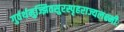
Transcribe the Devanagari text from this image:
गुर्वर्थमुज्झितसुरस्पृहराज्यलक्ष्मीः